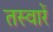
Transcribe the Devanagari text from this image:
तस्‍वारें